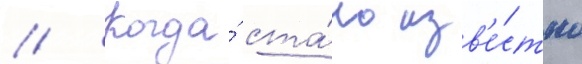
// Когда́ ста́ло изв'е́стно